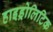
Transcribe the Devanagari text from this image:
हाइड्रोलिटिक